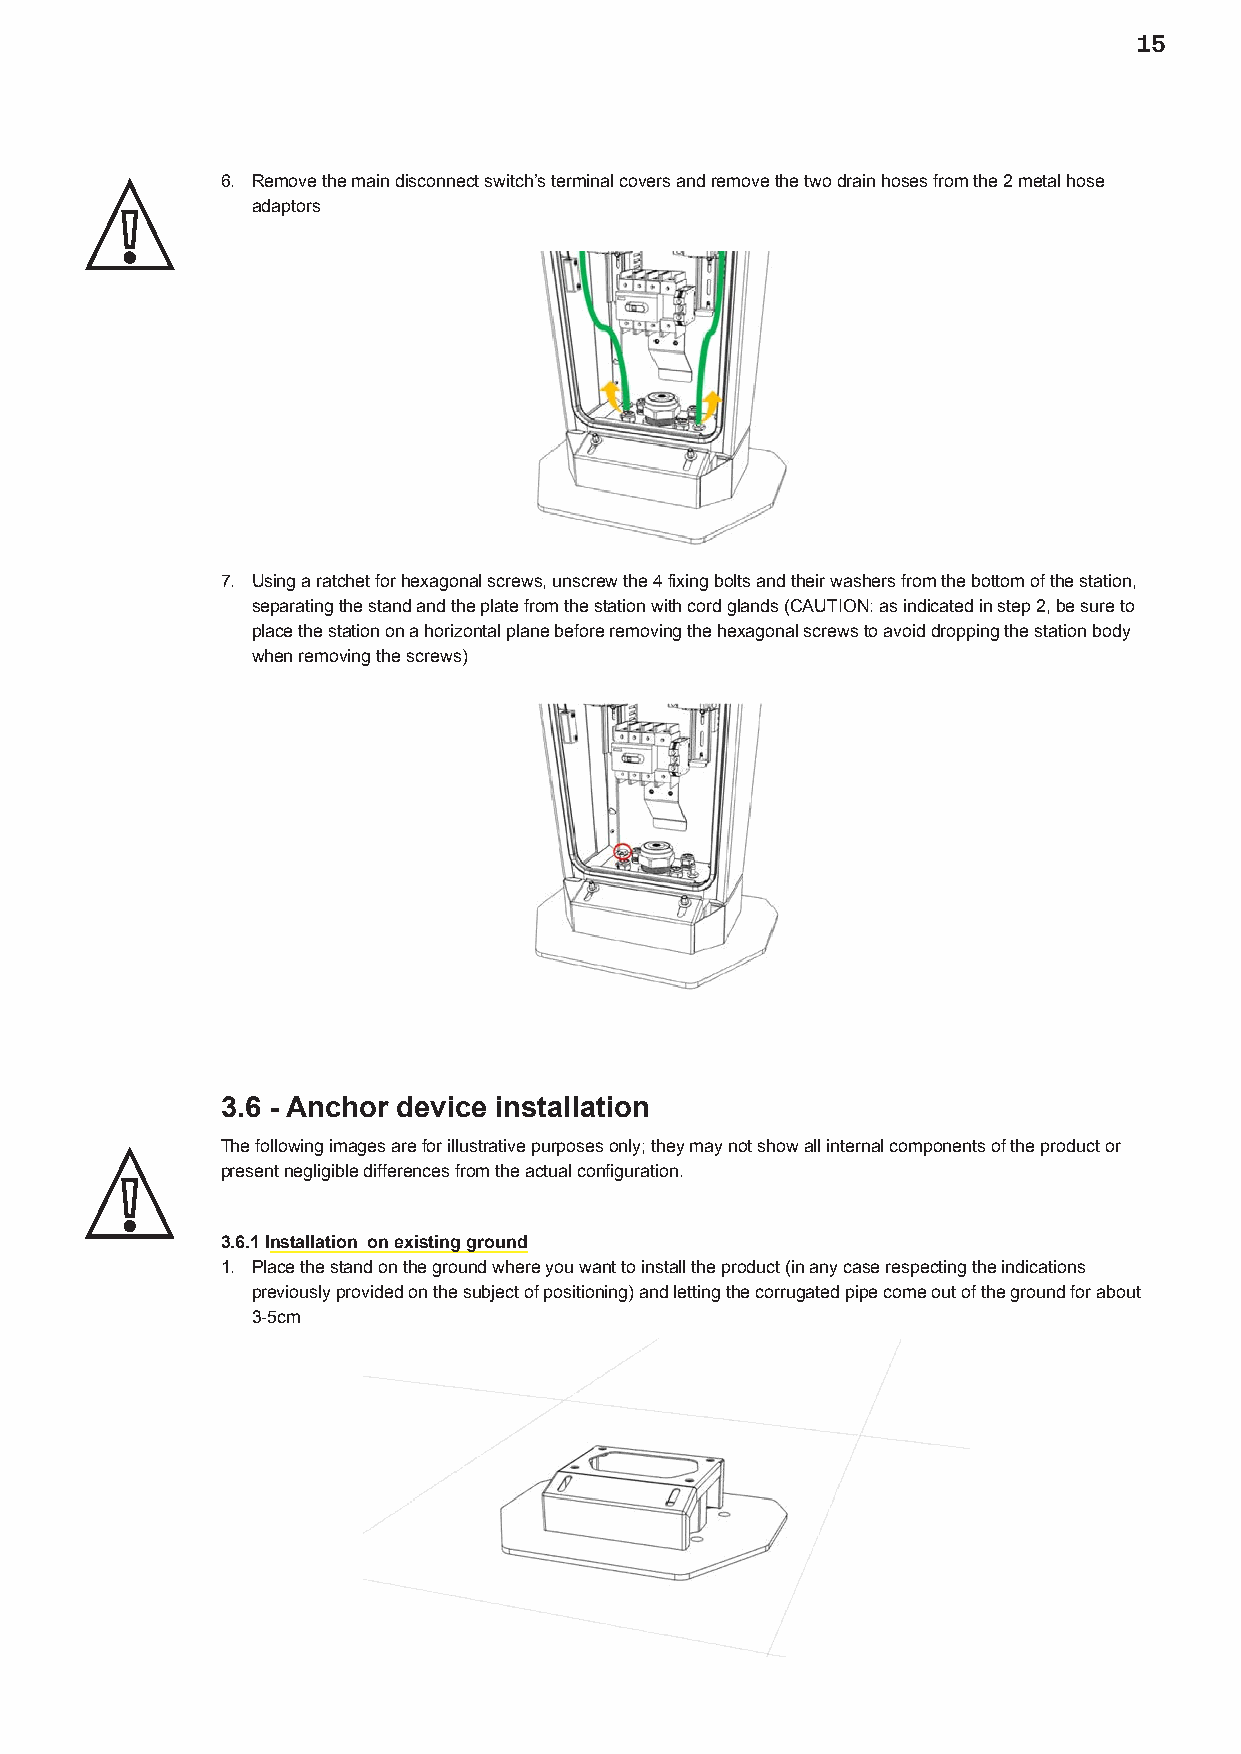
15
 6. Remove the main disconnect switch’s terminal covers and remove the two drain hoses from the 2 metal hose
 adaptors
 7. Using a ratchet for hexagonal screws, unscrew the 4 fixing bolts and their washers from the bottom of the station,
 separating the stand and the plate from the station with cord glands (CAUTION: as indicated in step 2, be sure to
 place the station on a horizontal plane before removing the hexagonal screws to avoid dropping the station body
 when removing the screws)
 3.6 - Anchor device installation
 The following images are for illustrative purposes only; they may not show all internal components of the product or
 present negligible differences from the actual configuration.
 3.6.1 Installation on existing ground
 1. Place the stand on the ground where you want to install the product (in any case respecting the indications
 previously provided on the subject of positioning) and letting the corrugated pipe come out of the ground for about
 3-5cm